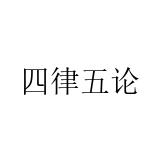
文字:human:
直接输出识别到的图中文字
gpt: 四律五论